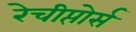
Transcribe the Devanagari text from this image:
रेचीप्तोर्स